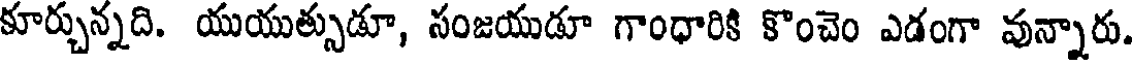
కూర్చున్నది. యుయుత్సుడూ, సంజయుడూ గాంధారికి కొంచెం ఎడంగా వున్నారు.